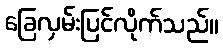
ခြေလှမ်းပြင်လိုက်သည်။